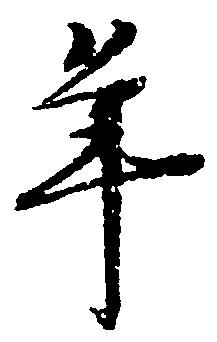
年